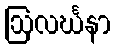
ဩလင်္ဃနာ